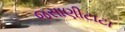
જસાણીટાટા